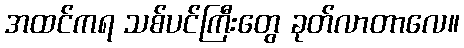
အထင်ကရ သစ်ပင်ကြီးတွေ ခုတ်လာတာလေ။